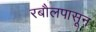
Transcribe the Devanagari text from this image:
रबौलपासून